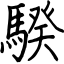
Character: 騤